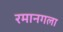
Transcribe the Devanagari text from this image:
रमानगला